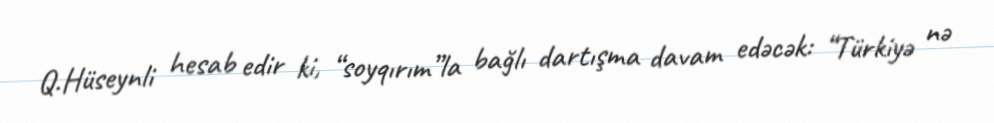
Q.Hüseynli hesab edir ki, “soyqırım”la bağlı dartışma davam edəcək: “Türkiyə nə